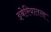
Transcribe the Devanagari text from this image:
इबेरियातला